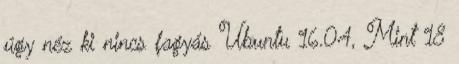
úgy néz ki nincs fagyás Ubuntu 16.04, Mint 18